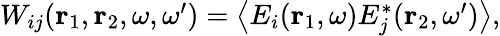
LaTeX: \begin{array}{r}{W_{ij}({\mathbf r}_{1},{\mathbf r}_{2},\omega,\omega^{\prime})=\left\langle E_{i}({\mathbf r}_{1},\omega)E_{j}^{*}({\mathbf r}_{2},\omega^{\prime})\right\rangle,}\end{array}